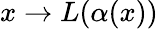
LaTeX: x\rightarrow L(\alpha(x))